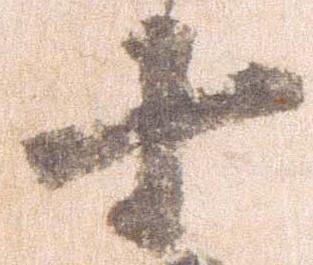
十